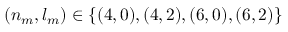
( n _ { m } , l _ { m } ) \in \{ ( 4 , 0 ) , ( 4 , 2 ) , ( 6 , 0 ) , ( 6 , 2 ) \}